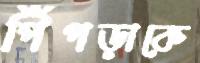
পিঁপড়াকে